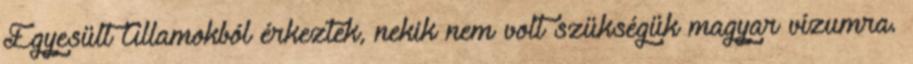
Egyesült Államokból érkeztek, nekik nem volt szükségük magyar vízumra.